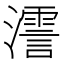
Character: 𤁳